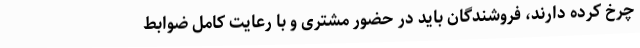
چرخ کرده دارند، فروشندگان باید در حضور مشتری و با رعایت کامل ضوابط